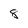
Character: 8